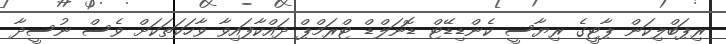
ރިޕަބްލިކަން ޕާޓީގެ ރިޔާސީ ކެންޑިޑޭޓް ޑޮނަލްޑް ޓްރަމްޕް ދައްކާފައިވާ ވާހަކަތަކަށް ވެސް ނުސީދާ